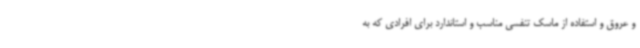
و عروق و استفاده از ماسک تنفسی مناسب و استاندارد برای افرادی که به